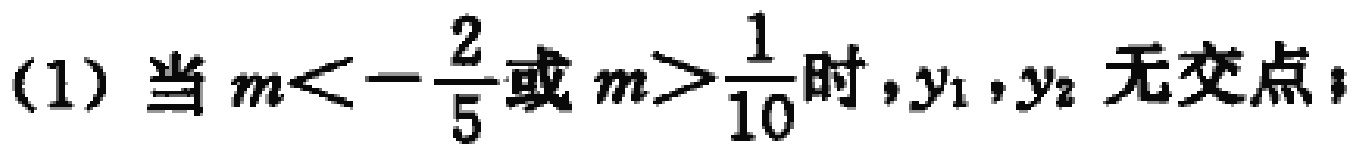
(1) 当 \(m<-\frac{2}{5}\) 或 \(m>\frac{1}{10}\) 时，\(y_1,y_2\) 无交点；